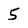
Character: 5